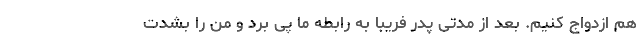
هم ازدواج کنیم. بعد از مدتی پدر فریبا به رابطه ما پی برد و من را بشدت